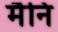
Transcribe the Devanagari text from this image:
मैनि